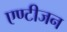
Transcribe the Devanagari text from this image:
एण्टीजन